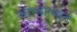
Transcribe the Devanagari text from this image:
आध्यात्मात